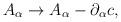
LaTeX: \begin{align*}A_\alpha \rightarrow A_\alpha - \partial_\alpha c ,\end{align*}